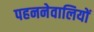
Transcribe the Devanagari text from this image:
पहननेवालियों